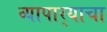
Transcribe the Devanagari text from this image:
व्यापार्‍याचा